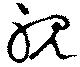
視